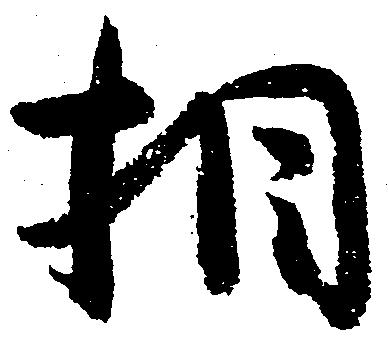
相